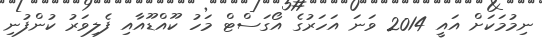
ނިމުމަކަށް އައީ 2014 ވަނަ އަހަރުގެ އޯގަސްޓް މަހު ކޫއްޑޫއާއި ފެލިވަރު ކުންފުނި